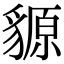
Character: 䝠